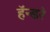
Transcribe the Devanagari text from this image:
हॅन्डरे